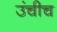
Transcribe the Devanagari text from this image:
उंचीच